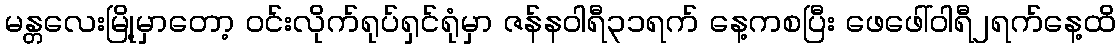
မန္တလေးမြို့မှာတော့ ဝင်းလိုက်ရုပ်ရှင်ရုံမှာ ဇန်နဝါရီ၃၁ရက် နေ့ကစပြီး ဖေဖေါ်ဝါရီ၂ရက်နေ့ထိ